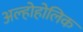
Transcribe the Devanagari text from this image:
अल्होहोलिक